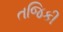
તજિકી